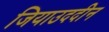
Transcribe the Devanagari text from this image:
जियाउददीन